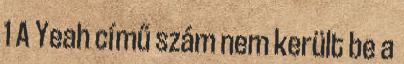
1 A Yeah című szám nem került be a